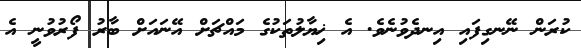
ކުރަން ނޭނގިފައި އިނދެވުނެވެ. އެ ޚިޔާލުތަކުގެ މައްޗަށް އޭނައަށް ބާރު ފޯރުވުނީ އެ